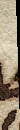
diminuto